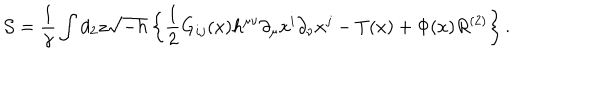
{ \cal S } = \frac { 1 } { \gamma } \int d _ { 2 } z \sqrt { - h } \left\{ { \frac { 1 } { 2 } } G _ { i j } ( x ) h ^ { \mu \nu } \partial _ { \mu } x ^ { i } \partial _ { \nu } x ^ { j } - T ( x ) + \Phi ( x ) R ^ { ( 2 ) } \right\} .